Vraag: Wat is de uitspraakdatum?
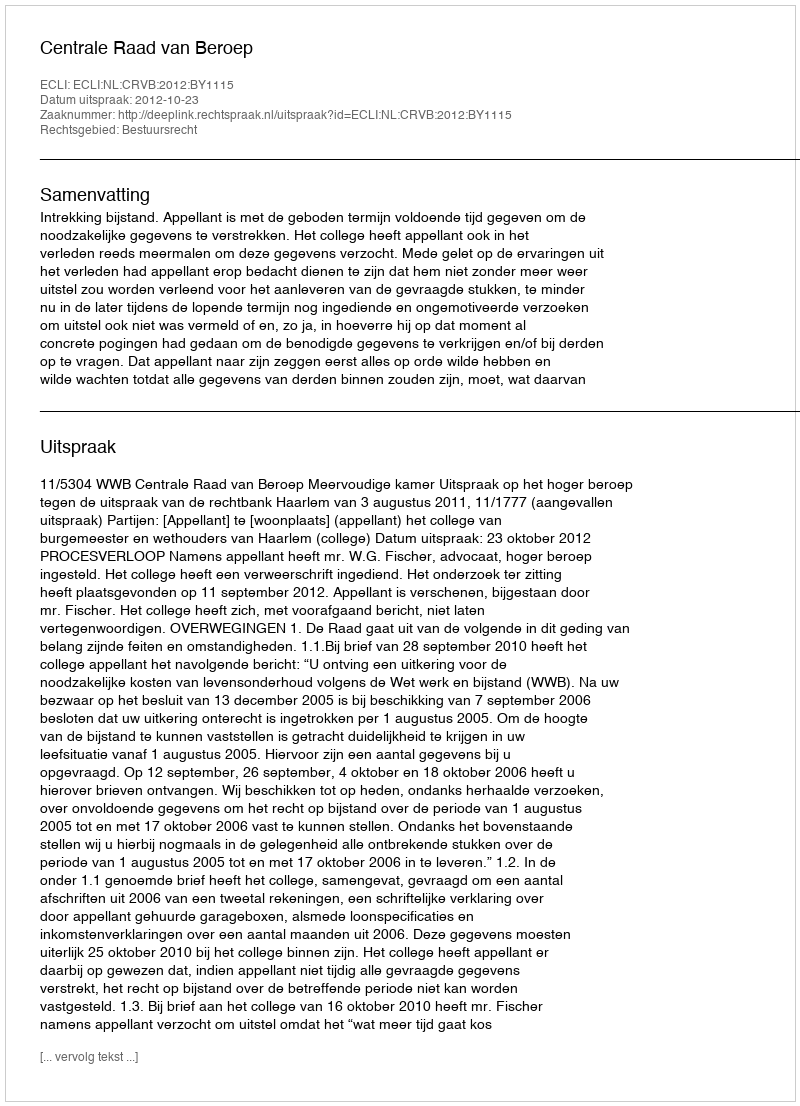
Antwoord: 2012-10-23